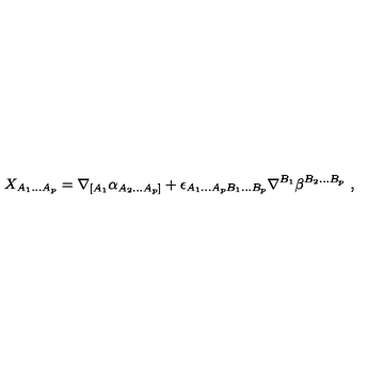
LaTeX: X _ { A _ { 1 } . . . A _ { p } } = \nabla _ { [ A _ { 1 } } \alpha _ { A _ { 2 } . . . A _ { p } ] } + \epsilon _ { A _ { 1 } . . . A _ { p } B _ { 1 } . . . B _ { p } } \nabla ^ { B _ { 1 } } \beta ^ { B _ { 2 } . . . B _ { p } } \ ,